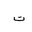
Letter: _ta